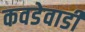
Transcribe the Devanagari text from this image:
कवडेवाडी